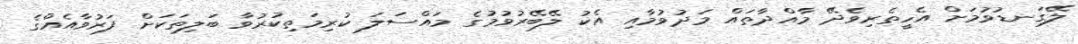
ލޭގަނޑުވުމަށް އެހީތެރިވެދޭ މާއްދާތައް މަދުވުމާއި އެކު ލޭބޭރުވުމުގެ މައްސަލަ ކުރިމަތިކުރުވާ ބަލިތަކަށް ފަރުވާއެއްގެ